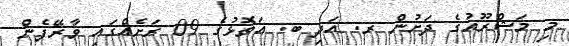
މި މަޝްރޫއުގެ ދަށުން ރ. އަދި ބ. އަތޮޅުގެ 09 ރަށެއްގައި ވާރޭފެން